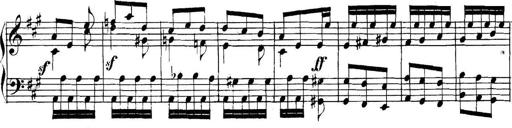
Title: Collected Piano Sonatas
Composer: Muzio Clementi